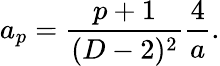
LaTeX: a_{p}={\frac{p+1}{(D-2)^{2}}}{\frac{4}{a}}.